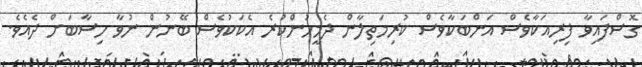
ގޮސްފައިވާ ފިރިއަކާވެސް އަންބަކާވެސް ކުރިމަތިލާން ދެމީހުންކުރެ އެކަކުވެސް ބޭނުން ނުވާ ހިސާބަށް ދެއެވެ.